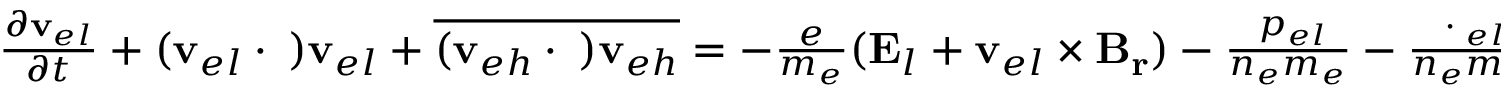
\begin{array} { r } { \frac { \partial \mathbf { v } _ { e l } } { \partial t } + ( \mathbf { v } _ { e l } \cdot \triangledown ) \mathbf { v } _ { e l } + \overline { { ( \mathbf { v } _ { e h } \cdot \triangledown ) \mathbf { v } _ { e h } } } = - \frac { e } { m _ { e } } ( \mathbf { E } _ { l } + \mathbf { v } _ { e l } \times \mathbf { B _ { r } } ) - \frac { \triangledown p _ { e l } } { n _ { e } m _ { e } } - \frac { \triangledown \cdot { \bf \Pi } _ { e l } } { n _ { e } m _ { e } } } \end{array} ,